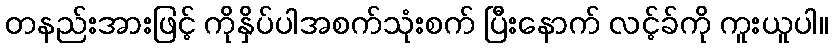
တနည်းအားဖြင့် ကိုနှိပ်ပါအစက်သုံးစက် ပြီးနောက် လင့်ခ်ကို ကူးယူပါ။